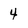
Character: 4